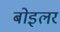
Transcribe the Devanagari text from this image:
बोइलर